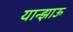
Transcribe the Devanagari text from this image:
यान्झाऊ